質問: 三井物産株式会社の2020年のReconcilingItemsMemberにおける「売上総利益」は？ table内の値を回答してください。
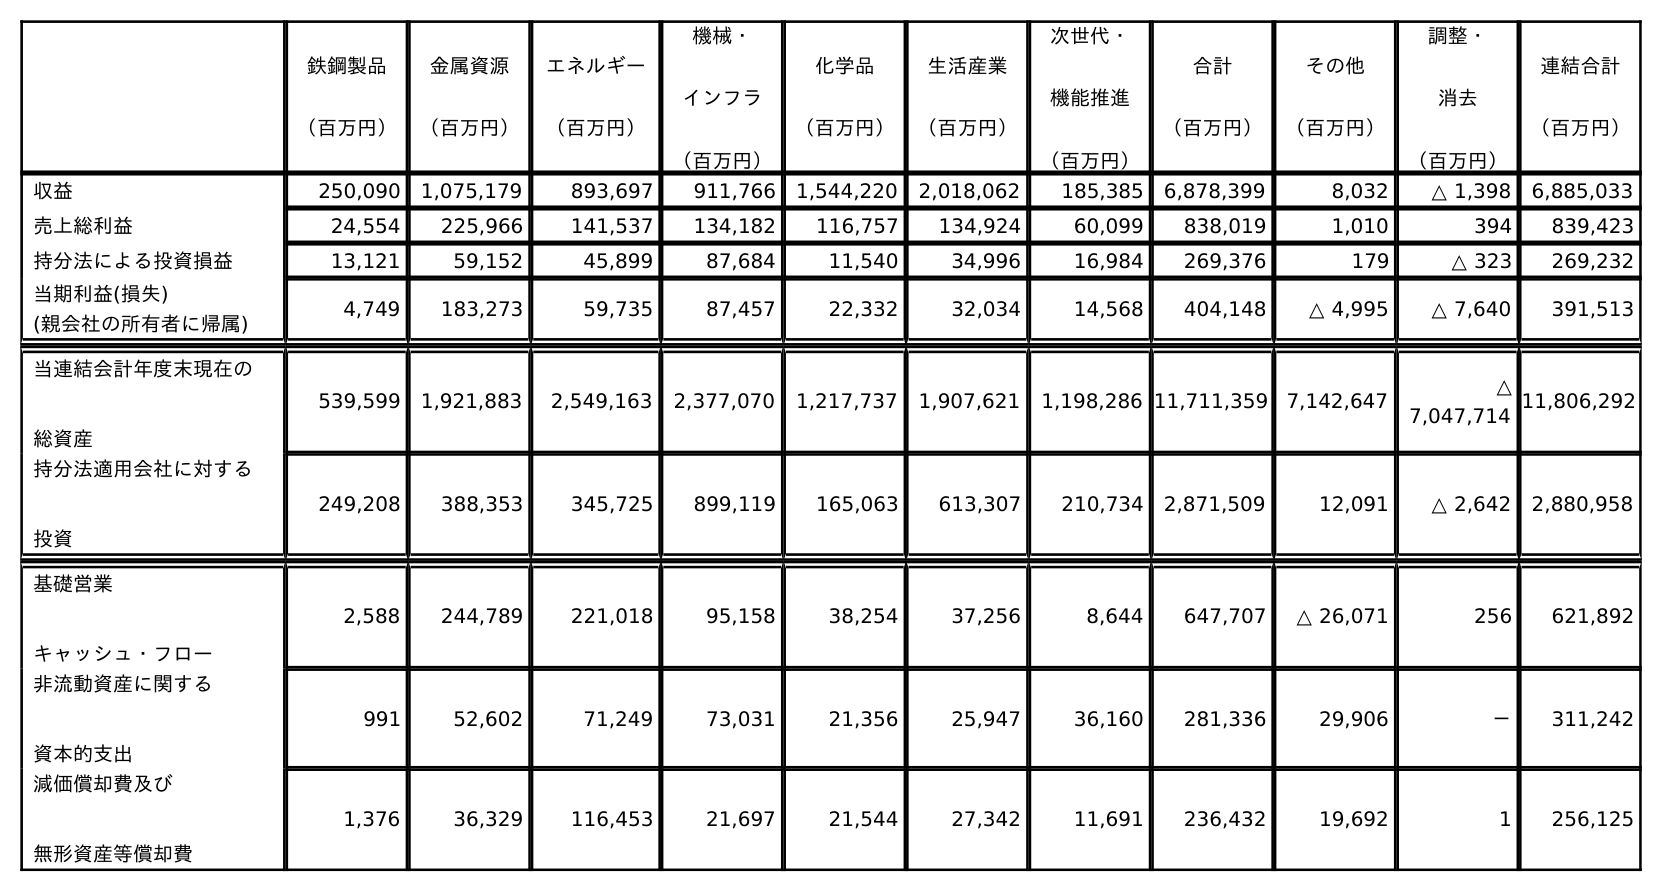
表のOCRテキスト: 鉄鋼製品 （百万円） 金属資源 （百万円） エネルギー （百万円） 機械・ インフラ （百万円） 化学品 （百万円） 生活産業 （百万円） 次世代・ 機能推進 （百万円） 合計 （百万円） その他 （百万円） 調整・ 消去 （百万円） 連結合計 （百万円） 収益 250,090 1,075,179 893,697 911,766 1,544,220 2,018,062 185,385 6,878,399 8,032 △ 1,398 6,885,033 売上総利益 24,554 225,966 141,537 134,182 116,757 134,924 60,099 838,019 1,010 394 839,423 持分法による投資損益 13,121 59,152 45,899 87,684 11,540 34,996 16,984 269,376 179 △ 323 269,232 当期利益(損失)      (親会社の所有者に帰属) 4,749 183,273 59,735 87,457 22,332 32,034 14,568 404,148 △ 4,995 △ 7,640 391,513 当連結会計年度末現在の 総資産 539,599 1,921,883 2,549,163 2,377,070 1,217,737 1,907,621 1,198,286 11,711,359 7,142,647 △ 7,047,714 11,806,292 持分法適用会社に対する 投資 249,208 388,353 345,725 899,119 165,063 613,307 210,734 2,871,509 12,091 △ 2,642 2,880,958 基礎営業 キャッシュ・フロー 2,588 244,789 221,018 95,158 38,254 37,256 8,644 647,707 △ 26,071 256 621,892 非流動資産に関する 資本的支出 991 52,602 71,249 73,031 21,356 25,947 36,160 281,336 29,906 － 311,242 減価償却費及び 無形資産等償却費 1,376 36,329 116,453 21,697 21,544 27,342 11,691 236,432 19,692 1 256,125
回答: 394